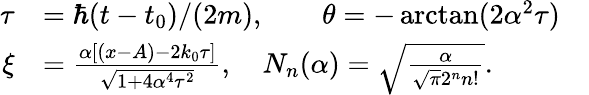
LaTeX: \begin{array}{rlr}{\tau}&{=\hbar(t-t_{0})/(2m),\qquad\theta=-\arctan(2\alpha^{2}\tau)}&\\ {\xi}&{=\frac{\alpha[(x-A)-2k_{0}\tau]}{\sqrt{1+4\alpha^{4}\tau^{2}}},\quad N_{n}(\alpha)=\sqrt{\frac{\alpha}{\sqrt{\pi}2^{n}n!}}.}&\end{array}